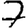
Digit: 7